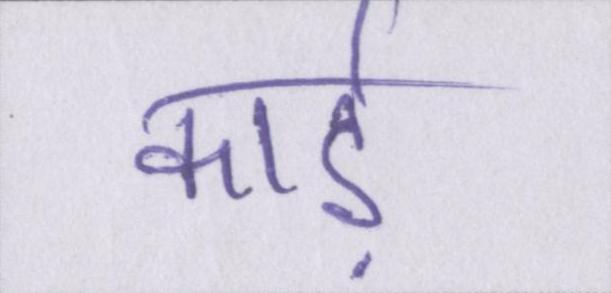
कार्ड़